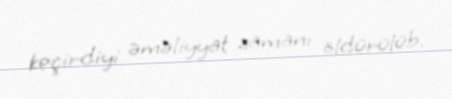
keçirdiyi əməliyyat zamanı öldürülüb.